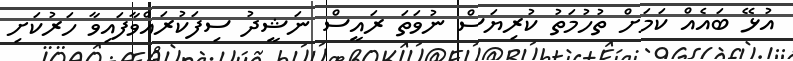
އުޅޭ ބައެއް ކަމަށް ތުހުމަތު ކުރިޔަސް ނުވަތަ ރައީސް ނަޝީދު ސިފަކުރައްވާފައިވާ ހަރުކަށި